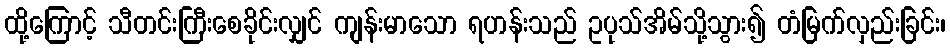
ထို့ကြောင့် သီတင်းကြီးစေခိုင်းလျှင် ကျန်းမာသော ရဟန်းသည် ဥပုသ်အိမ်သို့သွား၍ တံမြက်လှည်းခြင်း၊